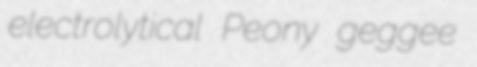
electrolytical Peony geggee